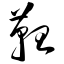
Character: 靼